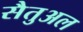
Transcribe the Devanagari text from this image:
सैतुअल